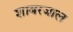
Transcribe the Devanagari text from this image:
शाबरजाल